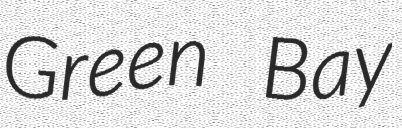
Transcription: Green Bay